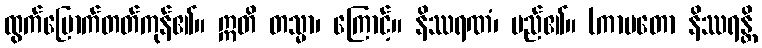
ထွက်မြောက်တတ်ကုန်၏။ ဣတိ တသ္မာ၊ ကြောင့်။ နိဿရဏံ၊ မည်၏။ (ကာမတော နိဿရန္တိ